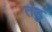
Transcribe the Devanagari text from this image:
तंडु